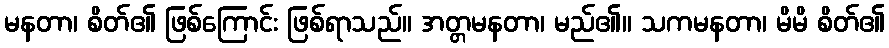
မနတာ၊ စိတ်၏ ဖြစ်ကြောင်း ဖြစ်ရာသည်။ အတ္တမနတာ၊ မည်၏။ သကမနတာ၊ မိမိ စိတ်၏